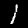
Label: 1